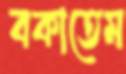
বকাতেম